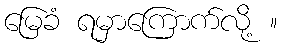
မြေခံ ရမှာကြောက်လို့ ။